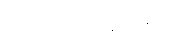
သက်ရှိသတ္တဝါများ